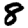
Digit: 8